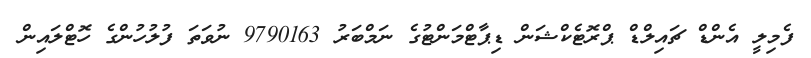
ފެމިލީ އެންޑް ޗައިލްޑް ޕްރޮޓެކްޝަން ޑިޕާޓްމަންޓުގެ ނަމްބަރު 9790163 ނުވަތަ ފުލުހުންގެ ހޮޓްލައިން